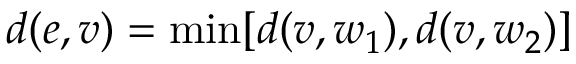
d ( e , v ) = \operatorname* { m i n } [ d ( v , w _ { 1 } ) , d ( v , w _ { 2 } ) ]